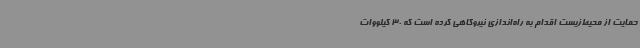
حمایت از محیط‌زیست اقدام به راه‌اندازی نیروگاهی کرده است که 30 کیلووات